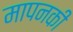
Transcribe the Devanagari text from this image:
मापनकी